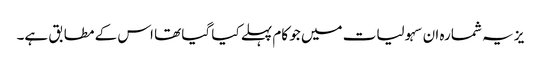
یز یہ شمارہ ان سہولیات میں جو کام پہلے کیا گیا تھا اس کے مطابق ہے۔